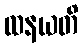
ထနယတိ